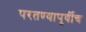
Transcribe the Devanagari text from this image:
परतण्यापूर्वीच